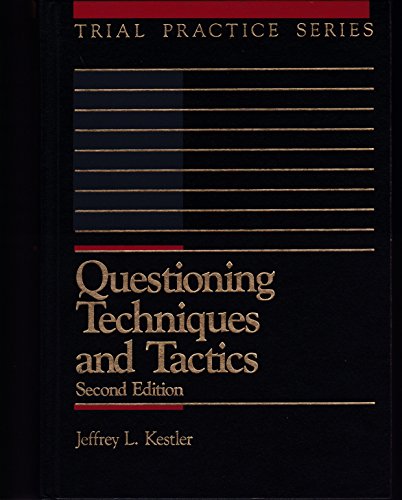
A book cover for Questioning Techniques and Tactics (Trial Practice Series); Jeffrey L. Kestler; Law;